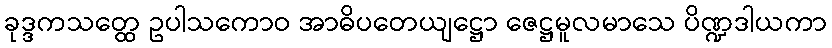
ခုဒ္ဒကသတ္ထေ ဥပါသကောဝ အာဓိပတေယျဋ္ဌော ဇေဋ္ဌမူလမာသေ ပိဏ္ဍဒါယကာ